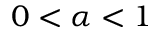
0 < \alpha < 1